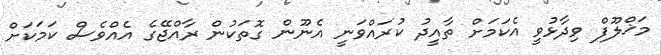
މަޚްލޫފް ވިދާޅުވީ އެކަމަށް ތާއީދު ކުރައްވަނީ އެނޫން ގޮތަކުން ރާއްޖޭގެ އެއްވެސް ކަމަކަށް